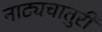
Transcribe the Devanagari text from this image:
नाट्यचातुरी